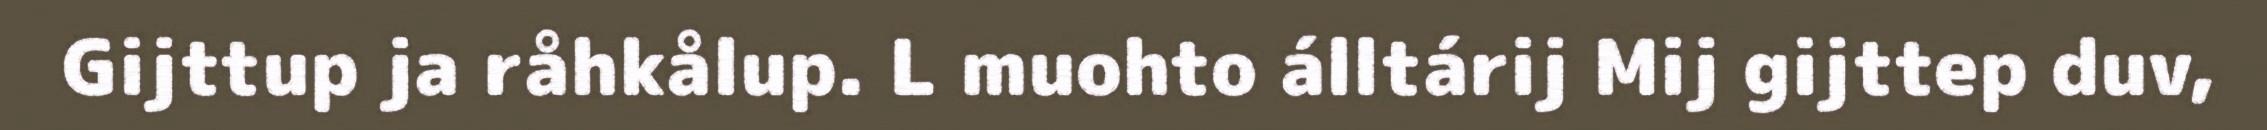
Gijttup ja råhkålup. L muohto álltárij Mij gijttep duv,